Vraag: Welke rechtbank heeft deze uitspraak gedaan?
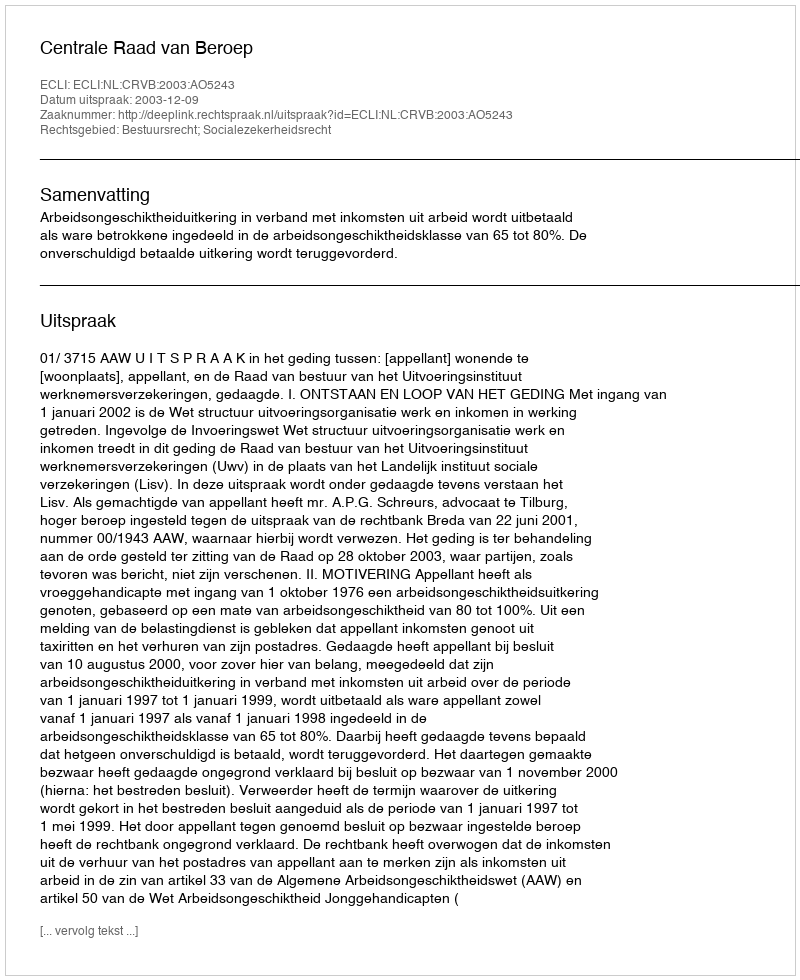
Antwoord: Centrale Raad van Beroep